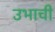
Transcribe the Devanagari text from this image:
उभाची